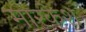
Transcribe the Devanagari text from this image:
मारकेश